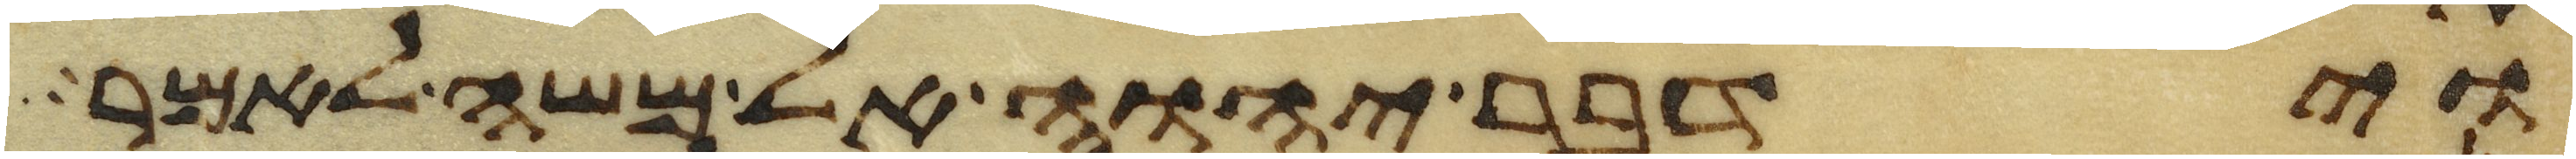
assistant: וידבר יהוה אל משה לאמר